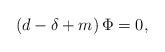
LaTeX: \begin{align*}\left( d-\delta +m\right) \Phi =0 , \end{align*}